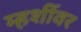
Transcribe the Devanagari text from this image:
म्हशींवर